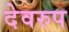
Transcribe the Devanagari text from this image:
देवरुप